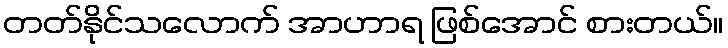
တတ်နိုင်သလောက် အာဟာရ ဖြစ်အောင် စားတယ်။